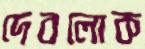
দেবলোক